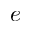
e